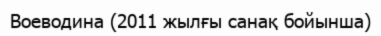
Воеводина (2011 жылғы санақ бойынша)